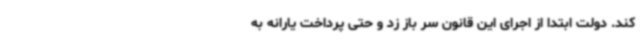
کند. دولت ابتدا از اجرای این قانون سر باز زد و حتی پرداخت یارانه به